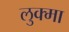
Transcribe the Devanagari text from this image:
लुक्मा